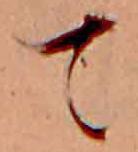
て